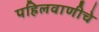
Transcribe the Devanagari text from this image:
पहिलवाणीचे